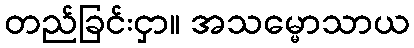
တည်ခြင်းငှာ။ အသမ္မောသာယ